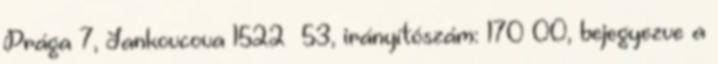
Prága 7, Jankovcova 1522 53, irányítószám: 170 00, bejegyezve a